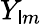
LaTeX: Y_{\mathsf{l}m}